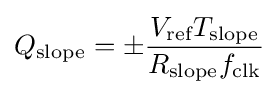
Q_{\text{slope}}=\pm {\frac {V_{\text{ref}}T_{\text{slope}}}{R_{\text{slope}}f_{\text{clk}}}}